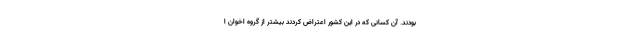
بودند. آن کسانی که در این کشور اعتراض کردند بیشتر از گروه اخوان ا